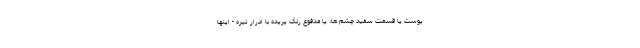
پوست یا قسمت سفید چشم ها، یا مدفوع رنگ پریده با ادرار تیره - اینها